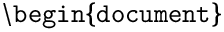
\mathtt { \backslash b e g i n \{ d o c u m e n t \} }